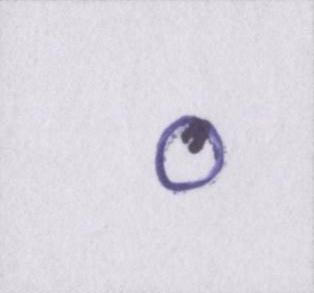
०